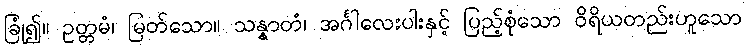
ခြုံ၍။ ဥတ္တမံ၊ မြတ်သော။ သန္နာတံ၊ အင်္ဂါလေးပါးနှင့် ပြည့်စုံသော ဝိရိယတည်းဟူသော